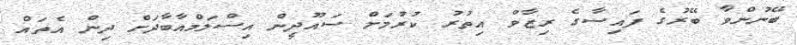
ބޭނުންވާ ބޭރުގެ ފައިސާގެ ރިޒާވް އިތުރު ކުރުމަށް ސައޫދީން އިސްލަމްއާބާދަށް ދިން އެތައް